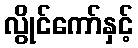
လွိုင်ကော်နှင့်